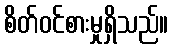
စိတ်ဝင်စားမှုရှိသည်။